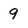
Character: 9